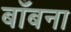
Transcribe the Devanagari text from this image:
बाँबना